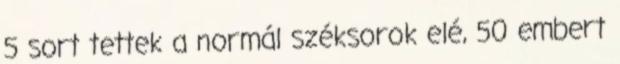
5 sort tettek a normál széksorok elé, 50 embert